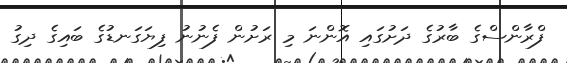
ފްރާންސްގެ ބާރުގެ ދަށުގައި އޮންނަ މި ރަށުން ފެނުނު ފިޔަގަނޑުގެ ބައިގެ ދިގު